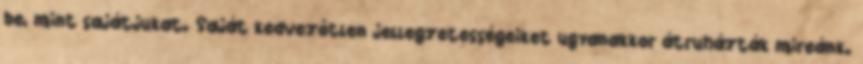
be, mint sajátjukat. Saját kedvezőtlen jellegzetességeiket ugyanakkor átruházták mireánk.